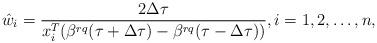
LaTeX: \begin{align*}\hat{w}_i=\frac{2\Delta\tau}{x_i^{T}(\beta^{rq}(\tau+\Delta\tau)-\beta^{rq}(\tau-\Delta\tau))},i=1,2,\ldots,n,\end{align*}